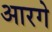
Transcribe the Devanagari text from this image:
आरगे